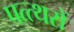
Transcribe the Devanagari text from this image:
पत्त्थरों